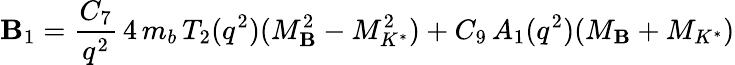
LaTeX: \mathbf{B}_{1}={\frac{{C_{7}}}{{q^{2}}}}\, 4\, m_{b}\, T_{2}(q^{2})(M_{\mathbf{B}}^{2}-M_{K^{*}}^{2})+C_{9}\, A_{1}(q^{2})(M_{\mathbf{B}}+M_{K^{*}})